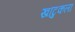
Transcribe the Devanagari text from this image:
खाटुकला